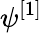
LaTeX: \psi^{[1]}